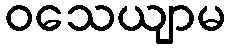
ဝသေယျာမ